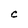
Character: C